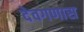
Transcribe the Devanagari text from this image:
देवगणास